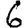
Digit: 6